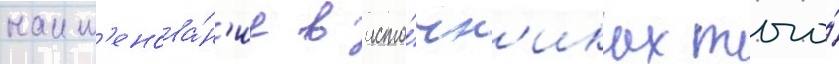
наим'енова́н'ие в исто́чн'иках того́